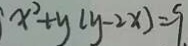
x ^ { 2 } + y ( y - 2 x ) = 9 .